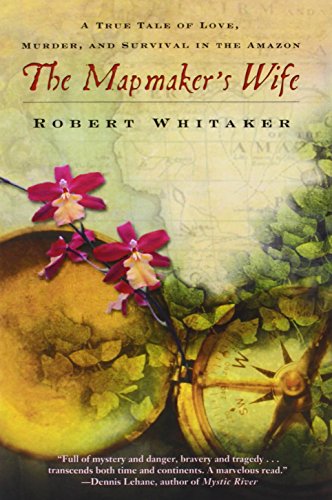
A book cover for The Mapmaker's Wife: A True Tale of Love, Murder, and Survival in the Amazon; Robert Whitaker; Science & Math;